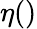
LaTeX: \eta()